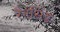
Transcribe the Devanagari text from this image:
रैनसिड